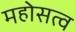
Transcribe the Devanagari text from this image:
महोसत्व